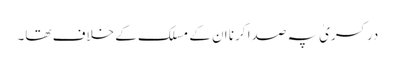
در کسریٰ پہ صدا کرنا ان کے مسلک کے خلاف تھا۔